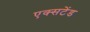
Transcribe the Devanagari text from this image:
एक्सटेंड